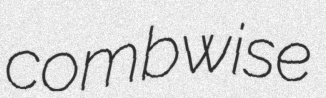
combwise